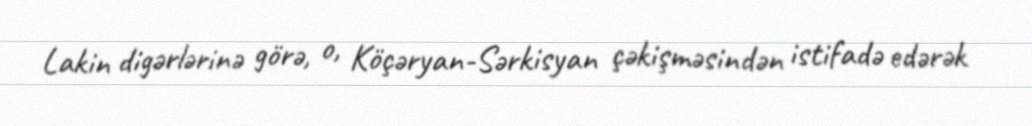
Lakin digərlərinə görə, o, Köçəryan-Sərkisyan çəkişməsindən istifadə edərək